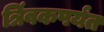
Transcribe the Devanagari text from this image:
त्रिंबकपर्यंत